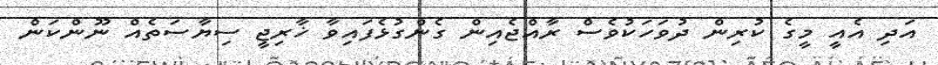
އަދި އެއީ މީގެ ކުރިން ދުވަހަކުވެސް ރާއްޖެއިން ގެންގުޅެފައިވާ ޚާރިޖީ ސިޔާސަތެއް ނޫންކަން